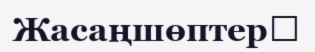
Жасаңшөптер‎